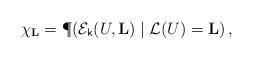
LaTeX: \begin{align*}\chi_{\mathbf L} = \P(\mathcal E_{\mathsf k}(U, \mathbf L)\mid \mathcal L(U) = \mathbf L)\,,\end{align*}